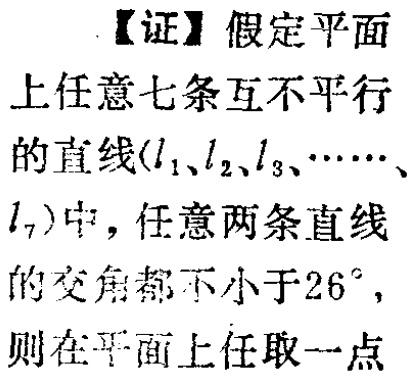
【证】假定平面上任意七条互不平行的直线\((l_1、l_2、l_3、\cdots、l_7)\)中，任意两条直线的交角都不小于\(26^{\circ}\)，则在平面上任取一点